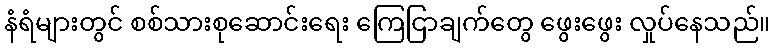
နံရံများတွင် စစ်သားစုဆောင်းရေး ကြေငြာချက်တွေ ဖွေးဖွေး လှုပ်နေသည်။